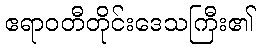
ဧရာဝတီတိုင်းဒေသကြီး၏